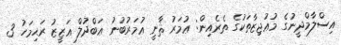
އިސްލާމްދީނުގެ މުޢުޖިޒާތަކުގެ ތެރެއިން: ޢުމަރު ޘާާނީ ޢުމަރުބުނު ޢަބްދުލް ޢަޒީޒު ރަޙިމަހު 3